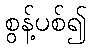
စွန့်ပစ်၍